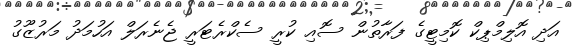
އަދި އޮލިމްޕިކް ކޮމިޓީގެ ފަރާތުން ސޮއި ކުރީ ސެކްރެޓަަރީ ޖެނެރަލް އަހުމަދު މަރުޒޫގު